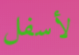
لأسفل